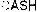
CASH